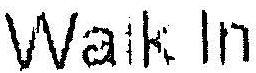
WALK IN